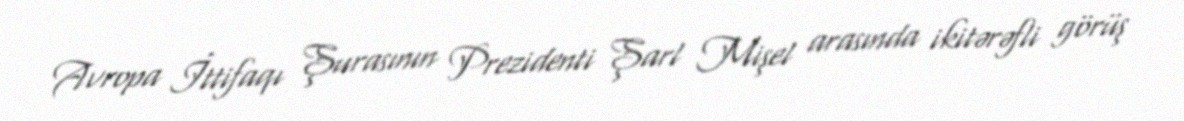
Avropa İttifaqı Şurasının Prezidenti Şarl Mişel arasında ikitərəfli görüş